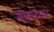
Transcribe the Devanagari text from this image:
मैकनेयर